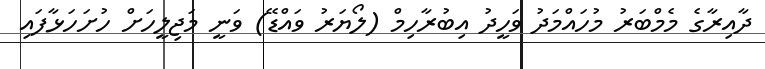
ދާއިރާގެ މެމްބަރު މުހައްމަދު ވަހީދު އިބުރާހިމް (ލޯޔަރު ވައްޑޭ) ވަނީ މަޖިލީހަށް ހުށަހަޅާފައި